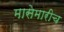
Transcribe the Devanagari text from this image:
मासेमारीच